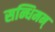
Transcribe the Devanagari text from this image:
सन्धिमन्